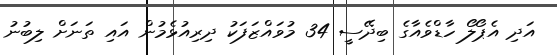
އަދި އެޕޯލޯ ހާޑްވެއާގެ ބިދޭސީ 34 މުވައްޒަފަކު ދިރިއުޅެމުން އައި ތަނަށް ލިބުނު